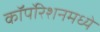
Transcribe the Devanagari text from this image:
कॉर्पोरेशनमध्ये